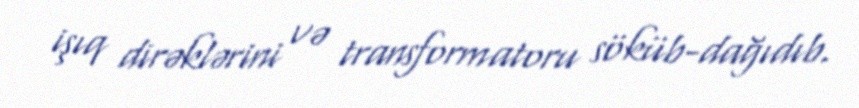
işıq dirəklərini və transformatoru söküb-dağıdıb.